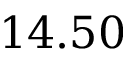
1 4 . 5 0